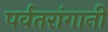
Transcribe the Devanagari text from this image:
पर्वतरांगानी